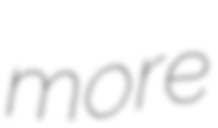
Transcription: more